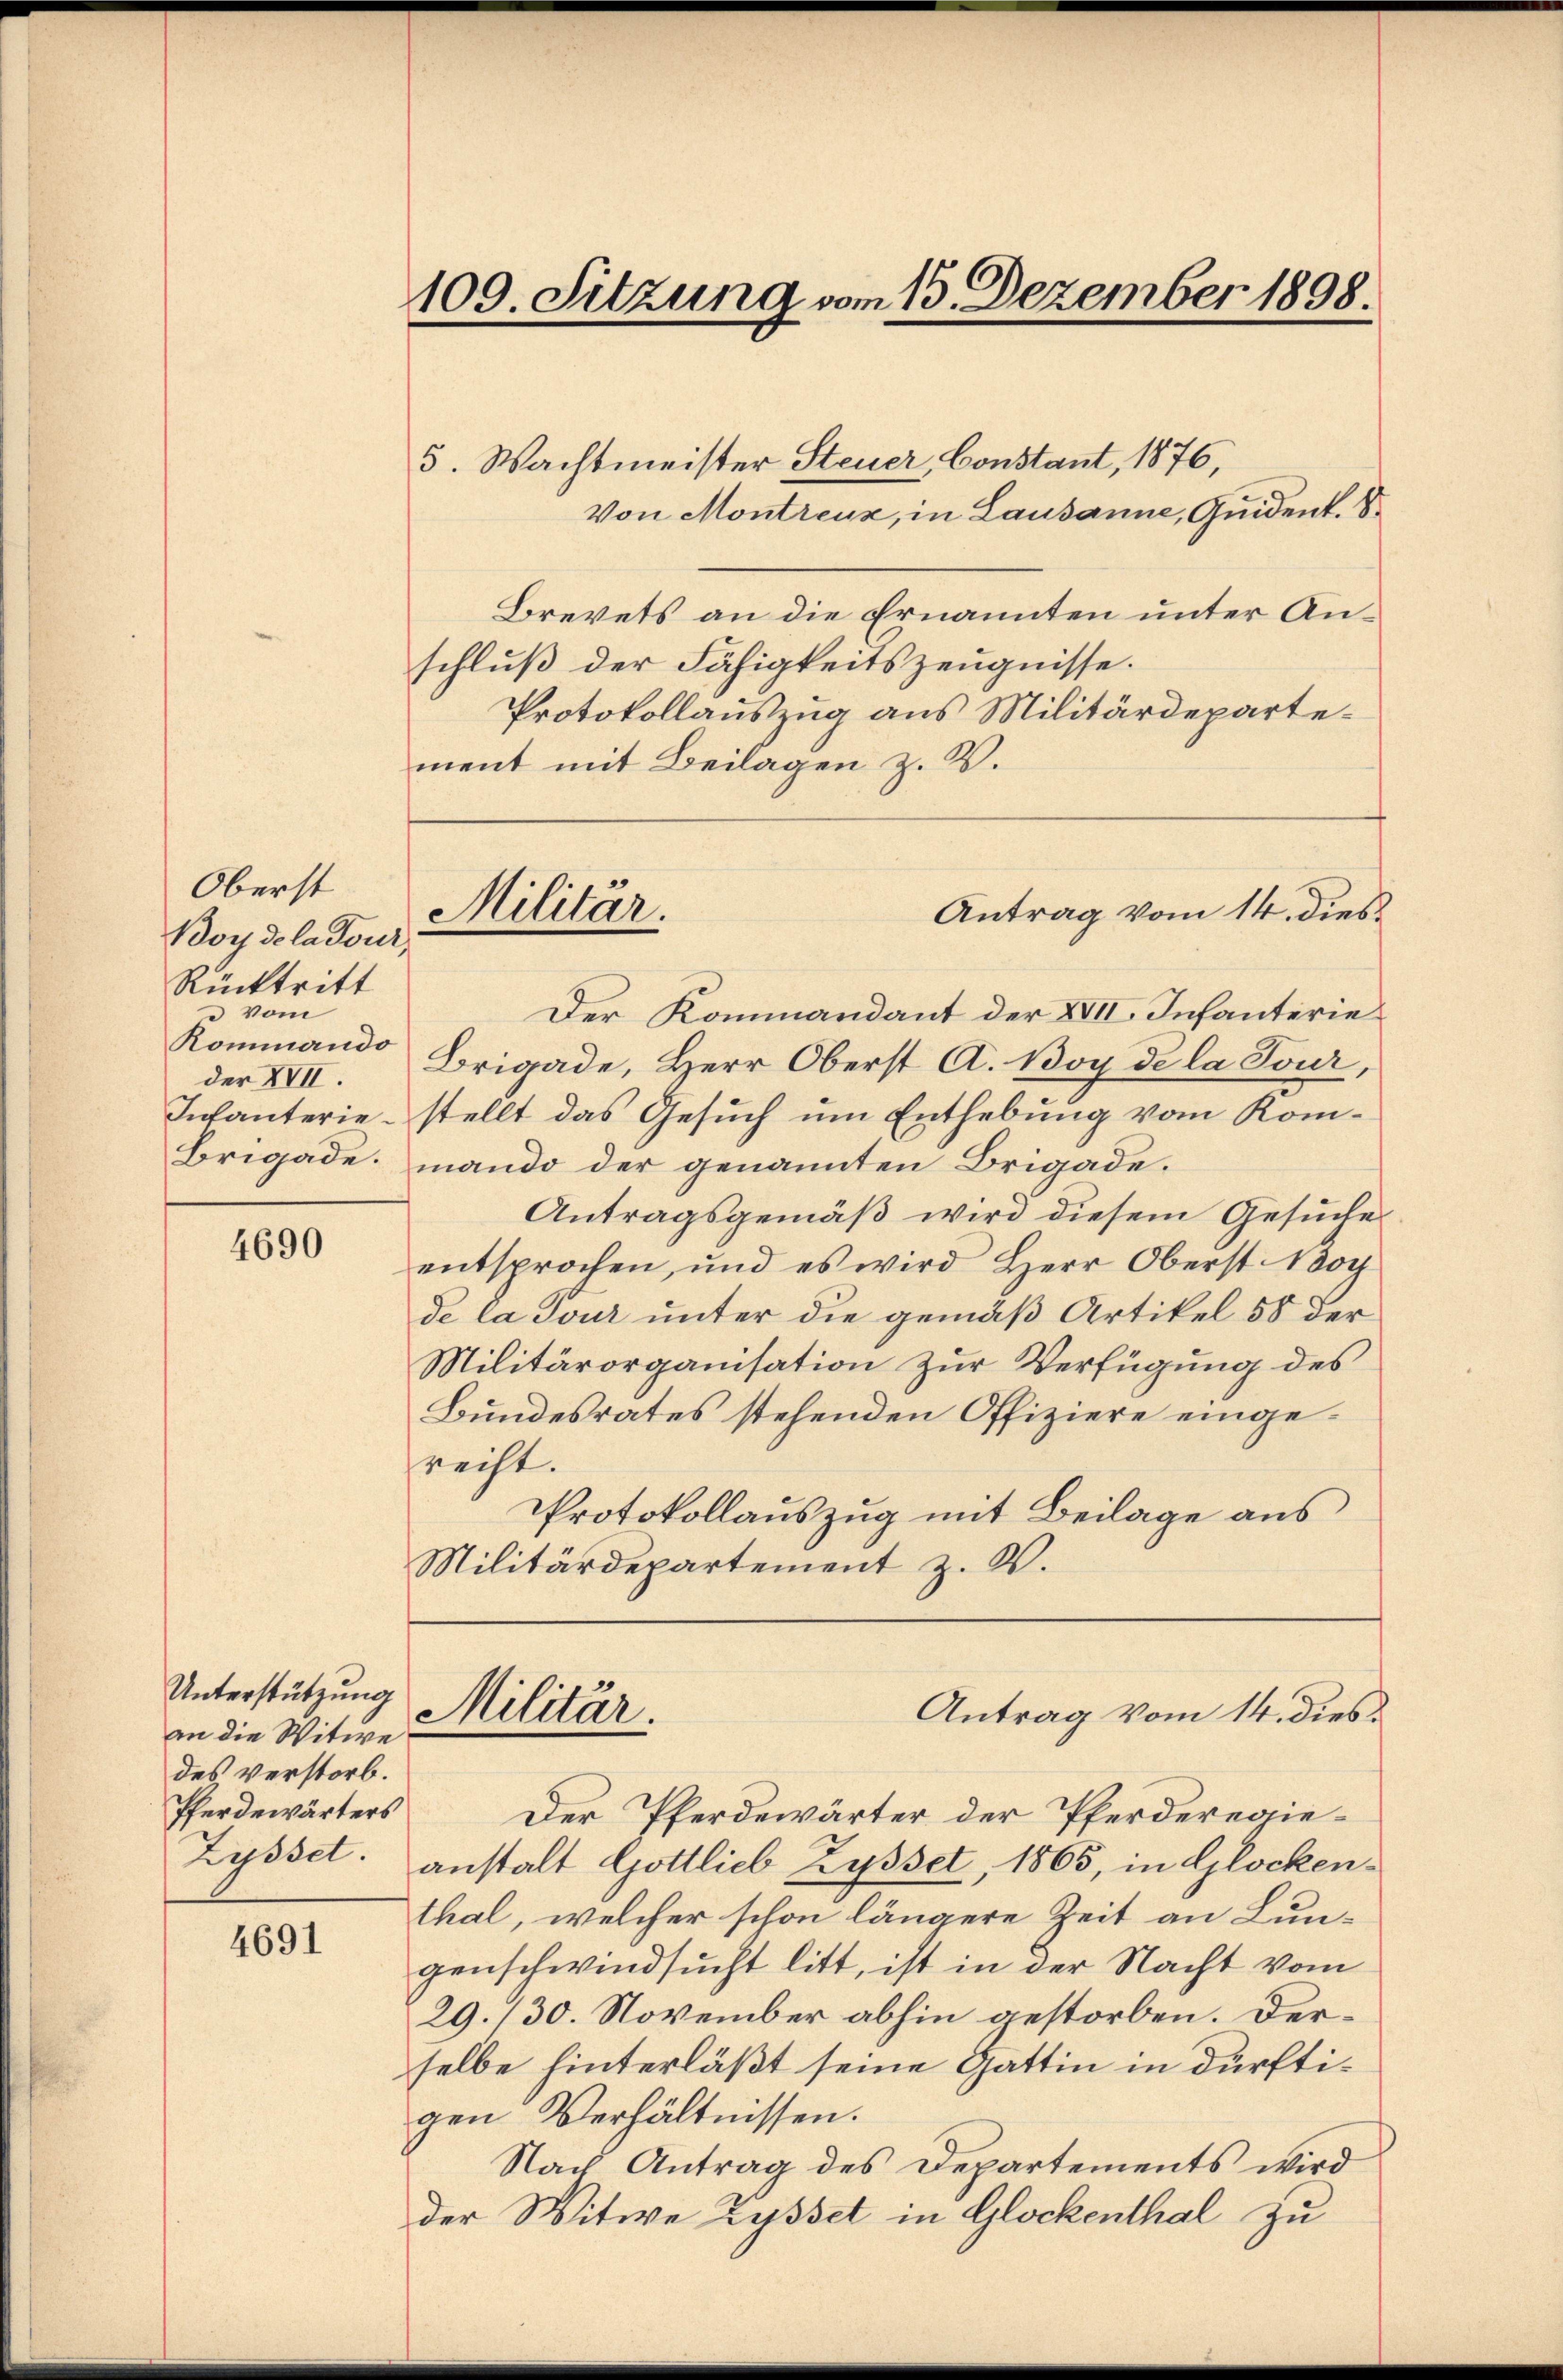
Oberst
Boy de la dour,
Rücktritt
 vom
Rommando
der XVII.
Infanterie¬
Brigade.

4690

Unterstützung
an die Witwe
des verstorb.
Pferdewärters

4691

109. Sitzung vom 13. Dezember 1898.

Militar.

5. Wachtmeister Steuer, Constant, 1876,
Von Montreuz, in Lausanne, Quident. S.
Brevets an die Ernannten unter Anschluß der Fähigkeitszeugnisse.
Protokollauszug aus Militärdepartement mit Beilagen z. B.
Der Kommandant der XVII. Infanterie
Brigade, Herr Oberst A. Boy de la Tour,
stellt das Gesuch um Enthebung vom Kommando der genannten Brigade.
Antragsgemäß wird diesem Gesuche
entsprochen, und es wird Herr Oberst Noch
de la jour unter die gemäß Artikel 58 der
Militärorganisation zur Verfügung des
Bundesrates stehenden Offiziere eingericht.
Protokollauszug mit Beilage aus
Militärdepartement z. W.

Der Pferdewärter der Pferderegie¬
Zysset. anstalt Gottlieb Zysset, 1865, in Glockenthal, welcher schon längere Zeit an Lungenschwindsucht litt, ist in der Nacht vom
29./30. November abhin gestorben. Derselbe hinterläßt seine Gattin in dürftigen Verhältnissen.
Nach Antrag des Departements wird
der Witwe Zysset in Glockenthal zu

Militär.

Antrag vom 14. dies

Antrag vom 14. dies